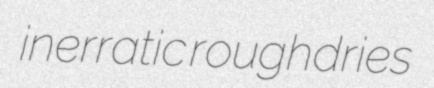
inerratic roughdries